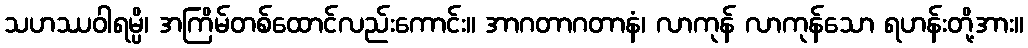
သဟဿဝါရမ္ပိ၊ အကြိမ်တစ်ထောင်လည်းကောင်း။ အာဂတာဂတာနံ၊ လာကုန် လာကုန်သော ရဟန်းတို့အား။